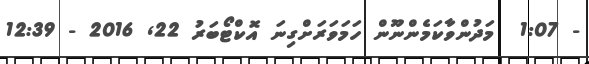
- 1:07  މަދުންވާކަމެންނޫން ހަމަވަރަށްގިނަަ އޮކްޓޯބަރު 22